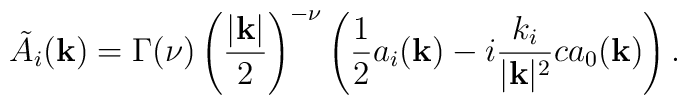
\tilde{A}_i({\bf k}) =  \Gamma(\nu)\left({ |{\bf k}| \over 2}\right)^{-\nu}  \left( {1\over2}a_i({\bf k}) - i{k_i\over|{\bf k}|^2}ca_0({\bf k}) \right).